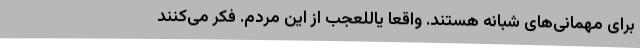
برای مهمانی‌های شبانه هستند. واقعا یاللعجب از این مردم. فکر می‌کنند